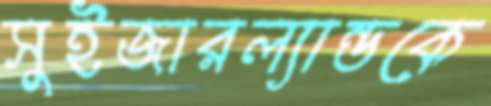
সুইজারল্যান্ডকে